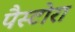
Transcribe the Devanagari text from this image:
पैस्टोरा